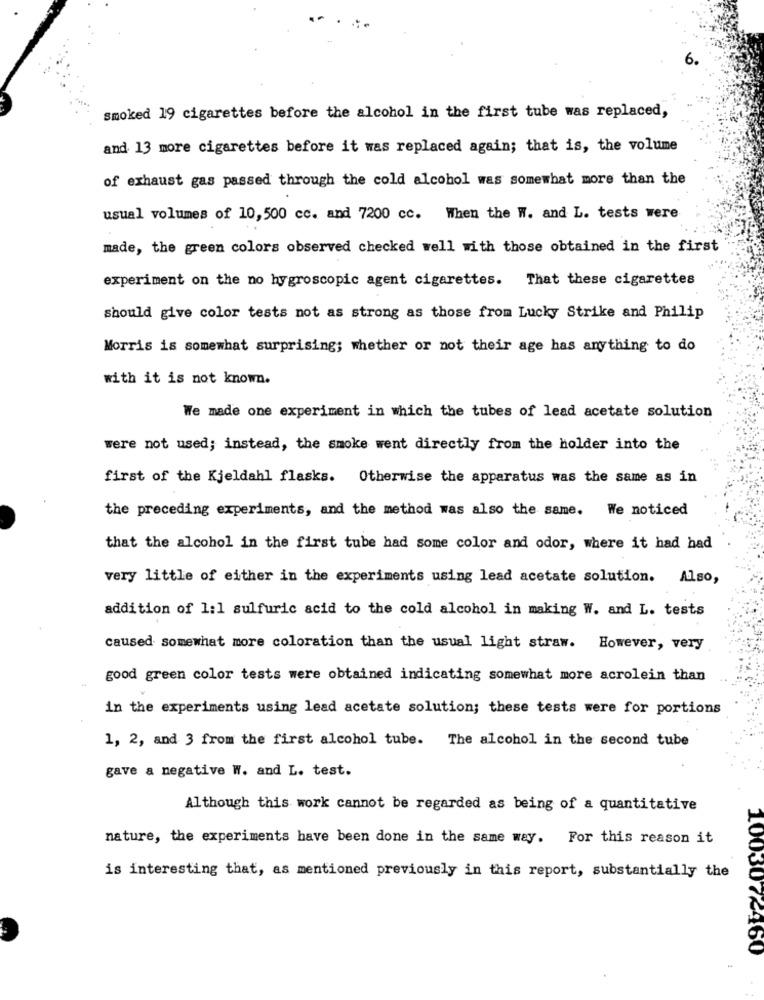
smoked 19 cigarettes before the alcohol in the first tube was replaced,
and 13 more cigarettes before it was replaced again; that is, the volume
of exhaust gas passed through the cold alcohol was somewhat more than the
usual volumes of 10,500 cc. and 7200 cc. When the W. and L. tests were
made, the green colors observed checked well with those obtained in the first
experiment on the no hygroscopic agent cigarettes. That these cigarettes
should give color tests not as strong as those from Lucky Strike and Philip
Morris is somewhat surprising; whether or not their age has anything to do
with it is not known.
We made one experiment in which the tubes of lead acetate solution
were not used; instead, the smoke went directly from the holder into the
first of the Kjeldahl flasks. Otherwise the apparatus was the same as in
the preceding experiments, and the method was also the same. We noticed
that the alcohol in the first tube had some color and odor, where it had had
very little of either in the experiments using lead acetate solution. Also,
addition of 1:1 sulfuric acid to the cold alcohol in making W. and L. tests
caused somewhat more coloration than the usual light straw. However, very
good green color tests were obtained indicating somewhat more acrolein than
in the experiments using lead acetate solution; these tests were for portions
1, 2, and 3 from the first alcohol tube. The alcohol in the second tube
gave a negative W. and L. test.
Although this work cannot be regarded as being of a quantitative
nature, the experiments have been done in the same way. For this reason it
is interesting that, as mentioned previously in this report, substantially the
1003072160